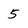
Character: 5